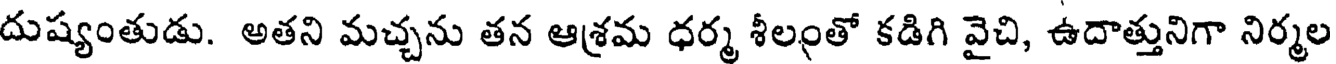
దుష్యంతుడు. అతని మచ్చను తన ఆశ్రమ ధర్మ శీలంతో కడిగి వైచి, ఉదాత్తునిగా నిర్మల